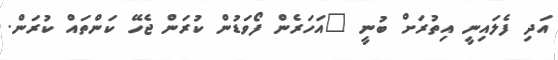
އަދި ފެލައިނީ އިތުރަށް ބުނީ "އަހަރެން ފޯވަޑުން ކުރަން ޖެހޭ ކަންތައް ކުރަން.